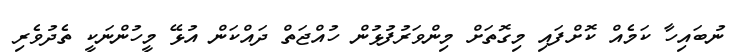
ނުބައިހާ ކަމެއް ކޮށްފައި މިގޮތަށް މިންވަރުފުޅުން ހުއްޖަތް ދައްކަން އުޅޭ މީހުންނަކީ ތެދުވެރި